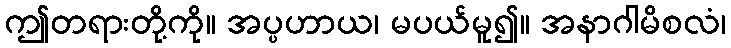
ဤတရားတို့ကို။ အပ္ပဟာယ၊ မပယ်မူ၍။ အနာဂါမိစလံ၊